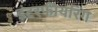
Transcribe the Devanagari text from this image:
इंटरफीयरिंग